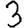
Digit: 3